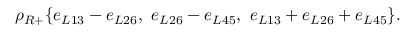
\rho _ { R + } \{ e _ { L 1 3 } - e _ { L 2 6 } , \, \, e _ { L 2 6 } - e _ { L 4 5 } , \, \, e _ { L 1 3 } + e _ { L 2 6 } + e _ { L 4 5 } \} .